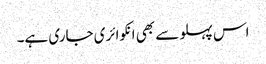
اس پہلو سے بھی انکوائری جاری ہے۔